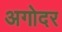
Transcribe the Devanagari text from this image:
अगोदर